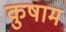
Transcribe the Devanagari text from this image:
कुषाम